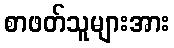
စာဖတ်သူများအား